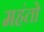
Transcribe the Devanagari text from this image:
महंतो